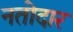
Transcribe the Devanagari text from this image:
नतोदार